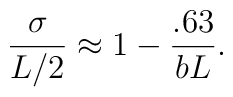
\frac{\sigma}{L/2}\approx 1-\frac{.63}{bL}.